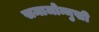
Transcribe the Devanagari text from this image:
समाजोन्मुखी